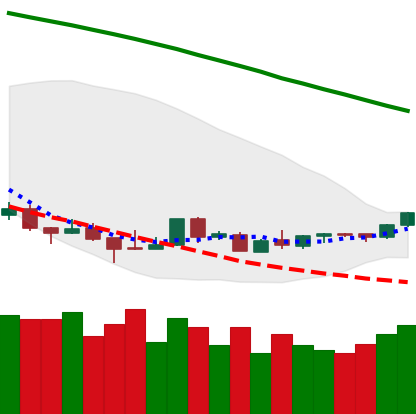
Ticker: LTC-USD
Chart end date: 2018-08-28
Forward return: 4.165%
Label: up_3_5